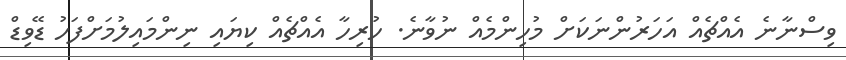
ވިސްނާނެ އެއްޗެއް އަހަރުންނަކަށް މުހިންމެއް ނުވާނެ. ހުރިހާ އެއްޗެއް ކިޔައި ނިންމައިލުމަށްފަހު ޑޭވިޑް